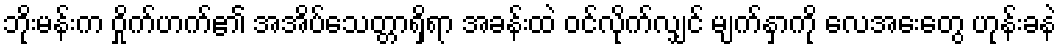
ဘိုးမန်းက ဝှိုက်ဟက်၏ အအိပ်သေတ္တာရှိရာ အခန်းထဲ ဝင်လိုက်လျှင် မျက်နှာကို လေအေးတွေ ဟုန်းခနဲ